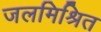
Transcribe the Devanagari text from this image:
जलमिश्रित